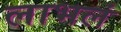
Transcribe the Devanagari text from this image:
लाभलं